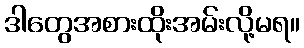
ဒါတွေအစားထိုးအမ်းလို့မရ။